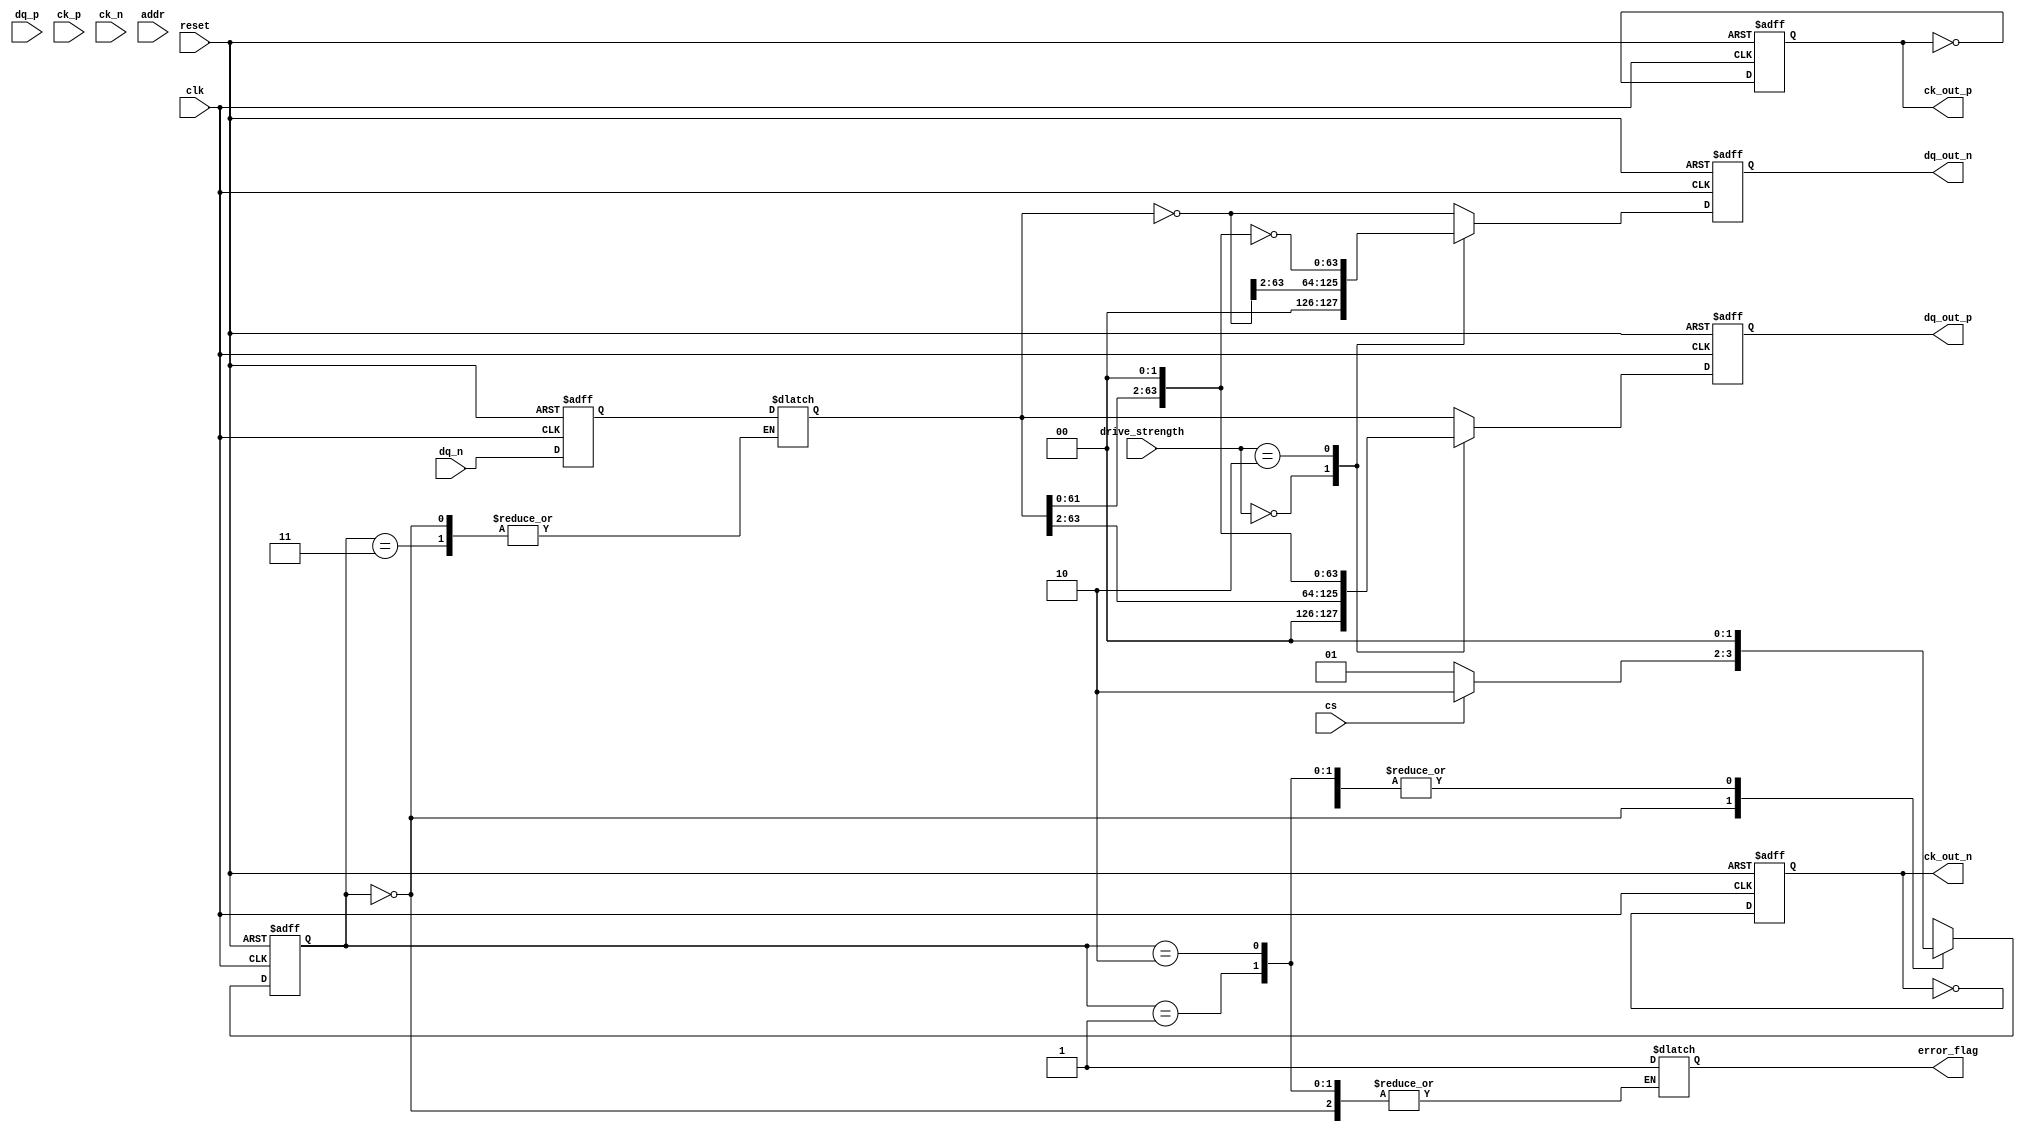
module gddr5x_io_block (
    input wire [63:0] dq_p,         // Differential Data Inputs (Positive)
    input wire [63:0] dq_n,         // Differential Data Inputs (Negative)
    input wire ck_p,                // Clock Input Positive
    input wire ck_n,                // Clock Input Negative
    input wire cs,                  // Chip Select
    input wire [15:0] addr,         // Address Bus
    output reg [63:0] dq_out_p,     // Differential Data Outputs (Positive)
    output reg [63:0] dq_out_n,     // Differential Data Outputs (Negative)
    output reg ck_out_p,            // Clock Output Positive
    output reg ck_out_n,            // Clock Output Negative
    input wire clk,                 // System Clock
    input wire reset,               // Reset Signal
    input wire [1:0] drive_strength, // Drive Strength Control
    output reg error_flag           // Error Flag for ECC/Parity
);

// Parameters
parameter DATA_RATE = 14_000_000_000; // 14 Gbps
parameter DATA_WIDTH = 64;              // 64-bit data width

// Internal signals
reg [63:0] data_in;
reg [63:0] data_out;
reg [63:0] data_buffer;
reg [1:0] current_state, next_state;

// State Definitions
localparam IDLE = 2'b00,
           READ = 2'b01,
           WRITE = 2'b10,
           ERROR = 2'b11;

// Input Buffers
always @(posedge clk or posedge reset) begin
    if (reset) begin
        data_buffer <= 64'b0;
    end else begin
        // Sample data on rising edge of clock
        data_buffer <= {dq_p, dq_n}; // Assuming differential to single-ended conversion
    end
end

// Output Buffers with Drive Strength Control
always @(posedge clk or posedge reset) begin
    if (reset) begin
        dq_out_p <= 64'b0;
        dq_out_n <= 64'b0;
    end else begin
        case (drive_strength)
            2'b00: begin // Low drive strength
                dq_out_p <= data_out >> 2;
                dq_out_n <= ~data_out >> 2;
            end
            2'b01: begin // Medium drive strength
                dq_out_p <= data_out;
                dq_out_n <= ~data_out;
            end
            2'b10: begin // High drive strength
                dq_out_p <= data_out << 2;
                dq_out_n <= ~(data_out << 2);
            end
            default: begin
                dq_out_p <= data_out;
                dq_out_n <= ~data_out;
            end
        endcase
    end
end

// Clock Management (Simple Example)
always @(posedge clk or posedge reset) begin
    if (reset) begin
        ck_out_p <= 1'b0;
        ck_out_n <= 1'b1;
    end else begin
        ck_out_p <= ~ck_out_p; // Toggle clock output
        ck_out_n <= ~ck_out_n; // Toggle clock output
    end
end

// State Machine for Read/Write Operations
always @(posedge clk or posedge reset) begin
    if (reset) begin
        current_state <= IDLE;
    end else begin
        current_state <= next_state;
    end
end

always @(*) begin
    case (current_state)
        IDLE: begin
            if (cs) begin
                next_state = WRITE;
            end else begin
                next_state = READ;
            end
        end
        READ: begin
            // Read operation logic
            data_out = data_buffer; // Example read operation
            next_state = IDLE;
        end
        WRITE: begin
            // Write operation logic
            data_out = data_buffer; // Example write operation
            next_state = IDLE;
        end
        ERROR: begin
            // Error handling logic
            error_flag = 1'b1;
            next_state = IDLE;
        end
        default: next_state = IDLE;
    endcase
end

endmodule